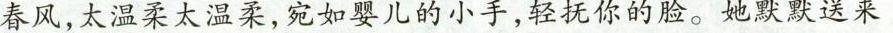
春风，太温柔太温柔，宛如婴儿的小手，轻抚你的脸。她默默送来